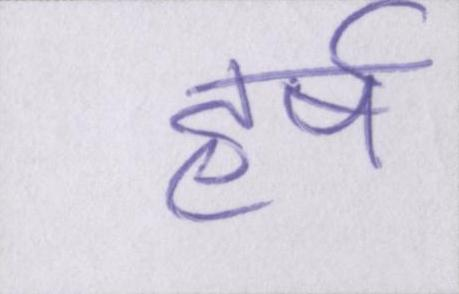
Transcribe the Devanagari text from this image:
हर्ष